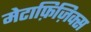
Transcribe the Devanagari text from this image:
मेटाफ़िज़िक्स